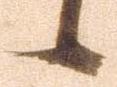
候